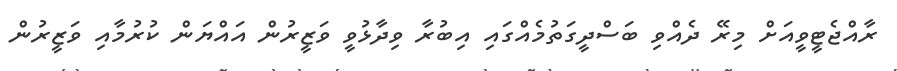
ރާއްޖެޓީވީއަށް މިރޭ ދެއްވި ބަސްދީގަތުމެއްގައި އިބުރާ ވިދާޅުވީ ވަޒީރުން އައްޔަން ކުރުމާއި ވަޒީރުން